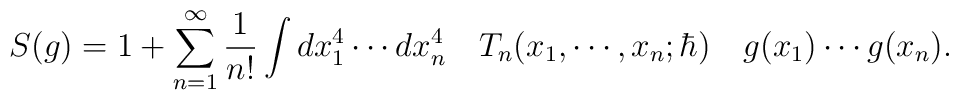
S(g) = 1 + \sum_{n=1}^\infty \frac{1}{n !} \int dx_1^4 \cdots dx_n^4 \quad T_n(x_1, \cdots, x_n; \hbar) \quad  g(x_1) \cdots g(x_n).